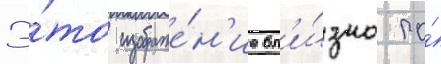
Э́то изображе́н'ие бл'и́зко по́